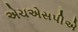
એચએસપીએ